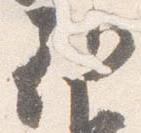
朝